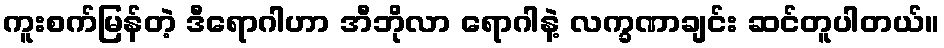
ကူးစက်မြန်တဲ့ ဒီရောဂါဟာ အီဘိုလာ ရောဂါနဲ့ လက္ခဏာချင်း ဆင်တူပါတယ်။